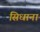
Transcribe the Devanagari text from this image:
सिधाना